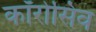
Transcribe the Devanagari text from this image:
कॉरोसिव